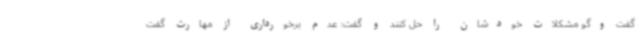
گفت وگو مشکلات خودشان را حل کنند و گفت: عدم برخورداری از مهارت گفت